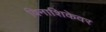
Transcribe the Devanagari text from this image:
विनाशिकेवर